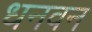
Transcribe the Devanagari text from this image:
धनवन